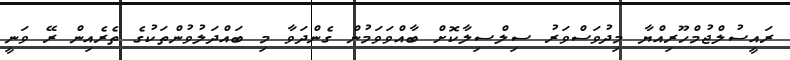
ރައީސުލްޖުމްހޫރިއްޔާ މިދުވަސްވަރު ސިލްސިލާކޮށް ބާއްވަވަމުން ގެންދަވާ މި ބައްދަލުވުންތަކުގެ ތެރެއިން ރޭ ވަނީ